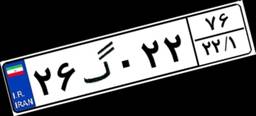
۲۶گ۰۲۲۷۶